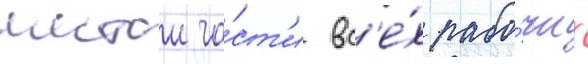
шестои ча́ст'и вс'е́х рабо́чих